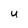
Character: U